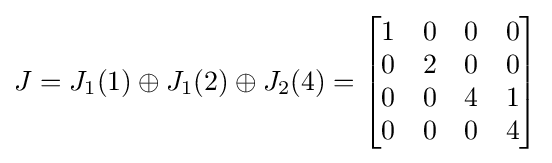
J=J_{1}(1)\oplus J_{1}(2)\oplus J_{2}(4)={\begin{bmatrix}1&0&0&0\\0&2&0&0\\0&0&4&1\\0&0&0&4\end{bmatrix}}